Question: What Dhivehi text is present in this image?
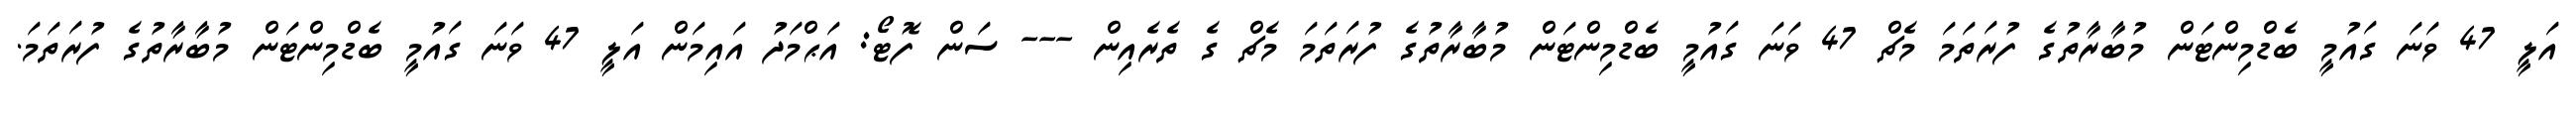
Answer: އަލީ 47 ވަނަ ގައުމީ ބެޑްމިންޓަން މުބާރާތުގެ ފުރަތަމަ މެޗް 47 ވަނަ ގައުމީ ބެޑްމިންޓަން މުބާރާތުގެ ފުރަތަމަ މެޗް ގެ ތެރެއިން --- ސަން ފޮޓޯ: އަޙްމަދު އައިމަން އަލީ 47 ވަނަ ގައުމީ ބެޑްމިންޓަން މުބާރާތުގެ ފުރަތަމަ.